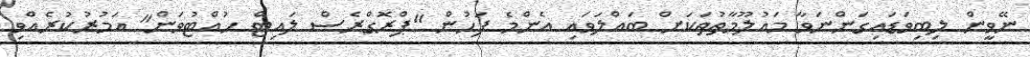
ނޭވީން ލިބިވަޑައިގަންނަވާ މައުލޫމާތުތަކަށް ބައްލަވައި އެންމެ ފަހުން "ޕްރޮގްރެސް ލައިޓް ހުއްޓުވަން" އަމުރުކުރެއްވި